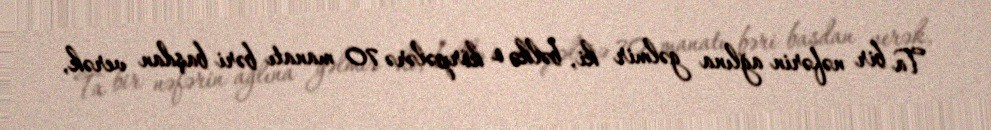
Ta bir nəfərin ağlına gəlmir ki, bəlkə o körpələrə 70 manatı bəri başdan verək,